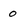
Character: 0